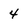
Character: 4